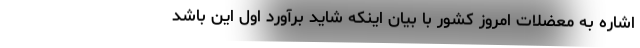
اشاره به معضلات امروز کشور با بیان اینکه شاید برآورد اول این باشد